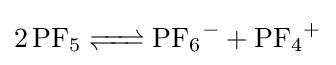
{\ce {2 PF5 <=> PF6- + PF4+}}